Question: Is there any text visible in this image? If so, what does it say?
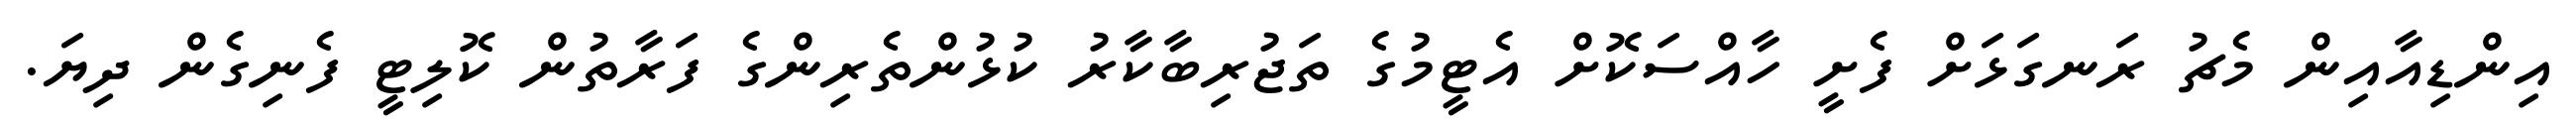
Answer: އިންޑިއާއިން މެޗު ރަނގަޅަށް ފެށީ ހާއްސަކޮށް އެޓީމުގެ ތަޖުރިބާކާރު ކުޅުންތެރިންގެ ފަރާތުން ކޮލިޓީ ފެނިގެން ދިޔަ.